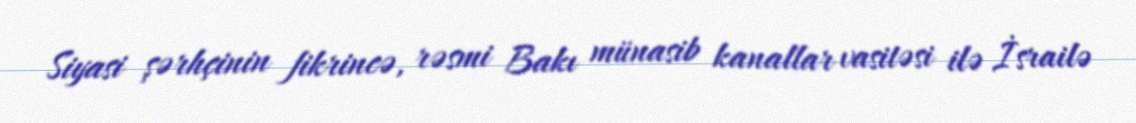
Siyasi şərhçinin fikrincə, rəsmi Bakı münasib kanallar vasitəsi ilə İsrailə